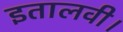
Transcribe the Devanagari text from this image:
इतालवी।